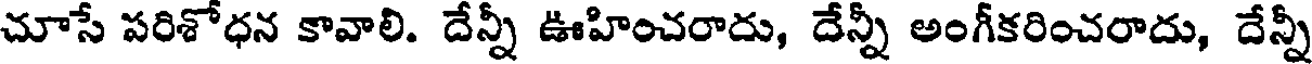
చూసే పరిశోధన కావాలి. దేన్నీ ఊహించరాదు, దేన్నీ అంగీకరించరాదు, దేన్నీ